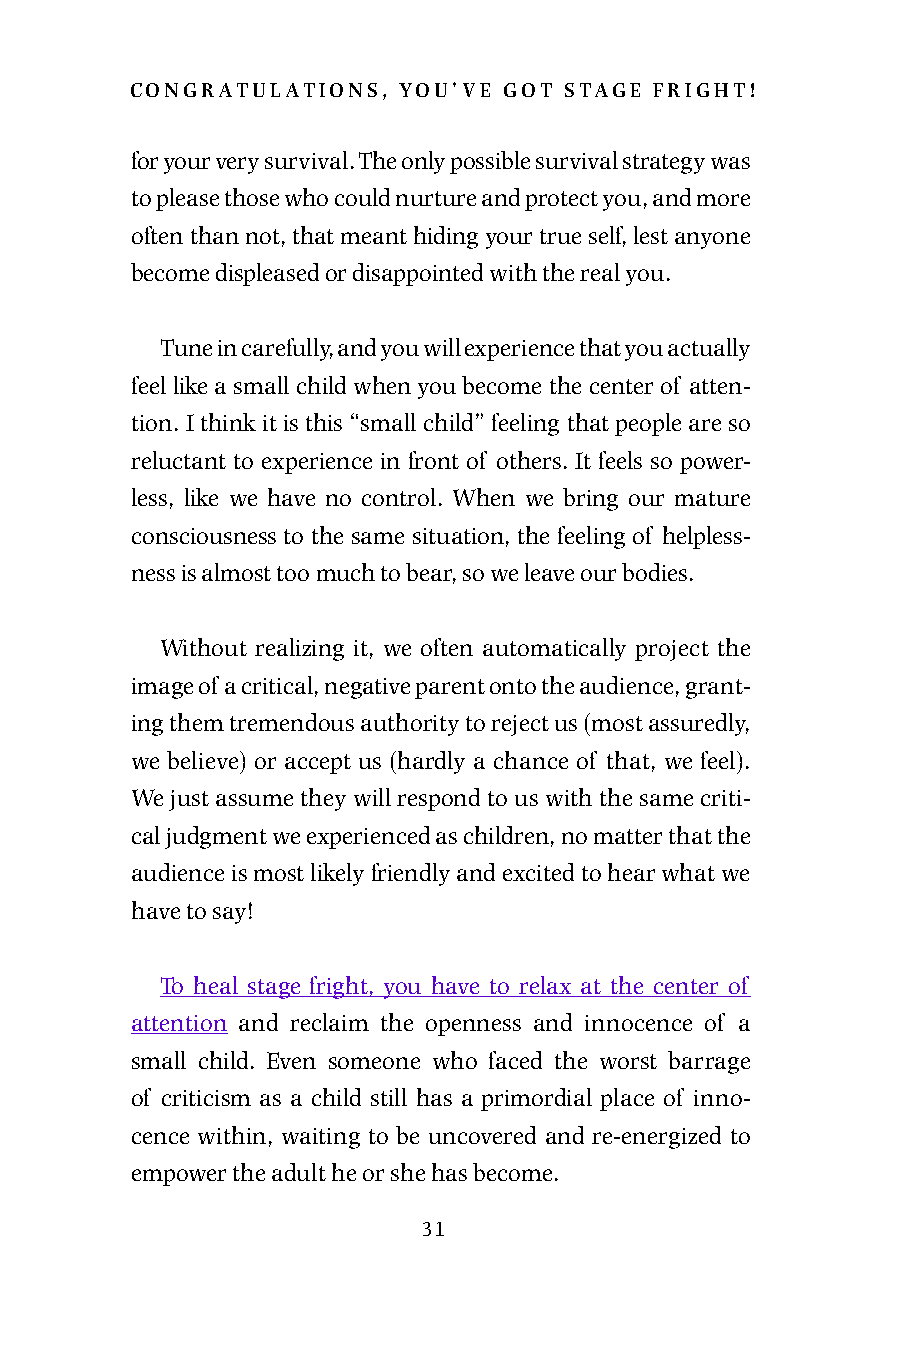
congratulations, you’ve got stage fright!
 for your very survival. The only possible survival strategy was
 to please those who could nurture and protect you, and more
 often than not, that meant hiding your true self, lest anyone
 become displeased or disappointed with the real you.
 Tune in carefully, and you will experience that you actually
 feel like a small child when you become the center of atten-
 tion. I think it is this “small child” feeling that people are so
 reluctant to experience in front of others. It feels so power-
 less, like we have no control. When we bring our mature
 consciousness to the same situation, the feeling of helpless-
 ness is almost too much to bear, so we leave our bodies.
 Without realizing it, we often automatically project the
 image of a critical, negative parent onto the audience, grant-
 ing them tremendous authority to reject us (most assuredly,
 we believe) or accept us (hardly a chance of that, we feel).
 We just assume they will respond to us with the same criti-
 cal judgment we experienced as children, no matter that the
 audience is most likely friendly and excited to hear what we
 have to say!
 To heal stage fright, you have to relax at the center of
 attention and reclaim the openness and innocence of a
 small child. Even someone who faced the worst barrage
 of criticism as a child still has a primordial place of inno-
 cence within, waiting to be uncovered and re-energized to
 empower the adult he or she has become.
 31